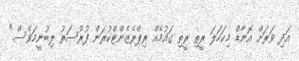
އަދި ވަރަށް އޮނާޑް މިކަހަލަ ރީތި ރީތި ގައުމެއް ރިޕްރެޒެންޓްކުރަން ފުރުސަތު ލިބުނީމަވެސް."